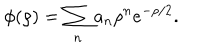
\phi ( \rho ) = \sum _ { n } a _ { n } \rho ^ { n } e ^ { - \rho / 2 } .